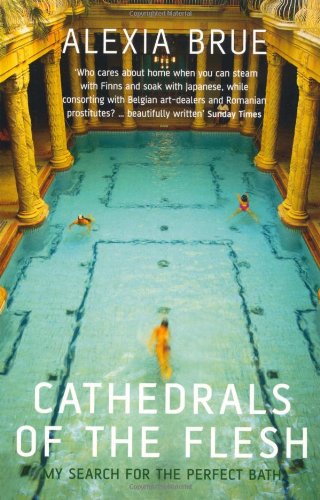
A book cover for Cathedrals of the Flesh: My Search for the Perfect Bath; Alexia Brue; Travel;